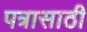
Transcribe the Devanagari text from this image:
पत्रासाठी